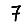
Digit: 7